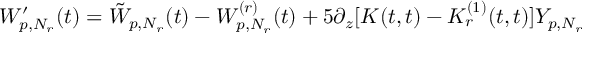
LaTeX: W _ { p , N _ { r } } ^ { \prime } ( t ) = \tilde { W } _ { p , N _ { r } } ( t ) - W _ { p , N _ { r } } ^ { ( r ) } ( t ) + 5 \partial _ { z } [ K ( t , t ) - K _ { r } ^ { ( 1 ) } ( t , t ) ] Y _ { p , N _ { r } }